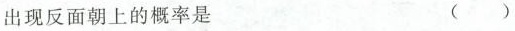
出现反面朝上的概率是 （ )